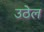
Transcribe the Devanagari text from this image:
उठेल